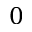
0